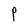
Character: P